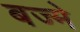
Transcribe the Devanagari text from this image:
बज्मे